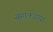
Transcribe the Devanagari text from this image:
सुहाकगया